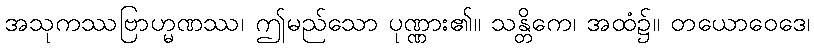
အသုကဿဗြာဟ္မဏဿ၊ ဤမည်သော ပုဏ္ဏား၏။ သန္တိကေ၊ အထံ၌။ တယောဝေဒေ၊